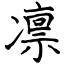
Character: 凛